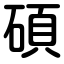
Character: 碩